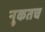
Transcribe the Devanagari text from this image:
नुकतच